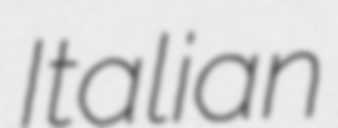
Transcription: Italian